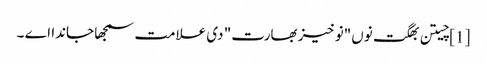
[1] چیتن بھگت نوں"نوخیز بھارت" دی علامت سمجھا جاندا اے ۔